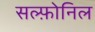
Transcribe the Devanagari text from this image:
सल्फ़ोनिल